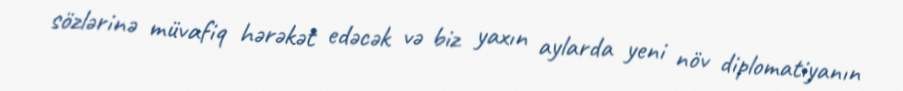
sözlərinə müvafiq hərəkət edəcək və biz yaxın aylarda yeni növ diplomatiyanın